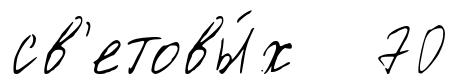
св'етовы́х 70